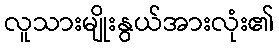
လူသားမျိုးနွယ်အားလုံး၏